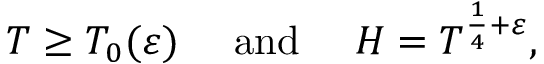
T \geq T _ { 0 } ( \varepsilon ) \quad { \mathrm { ~ a n d ~ } } \quad H = T ^ { { \frac { 1 } { 4 } } + \varepsilon } ,